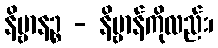
နိဗ္ဗာနဉ္စ - နိဗ္ဗာန်ကိုလည်း၊